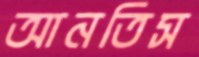
আনতিস